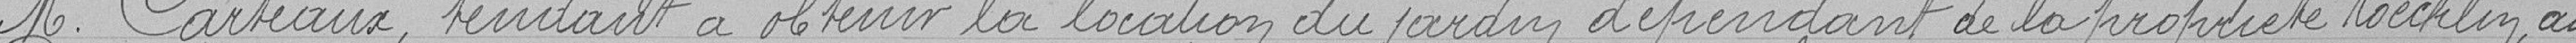
M. Carteaux, tentant à obtenir la location du jardin dépendant de la propriété Koecklin au